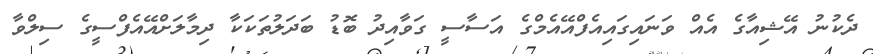
ދެކުނު އޭޝިއާގެ އެއް ވަނައިގައިއެފްއޭއެމްގެ އަސާސީ ގަވާއިދު ބޮޑު ބަދަލުތަކަކާ ދިމާލަށްއޭއެފްސީގެ ސިލްވާ